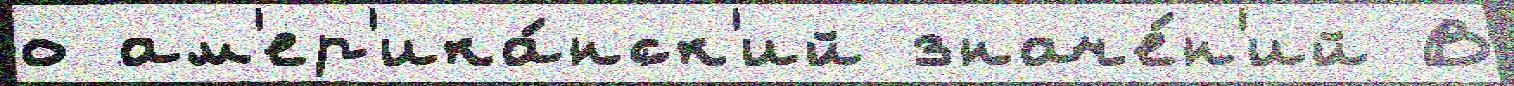
о ам'ер'ика́нск'ий значе́н'ий В